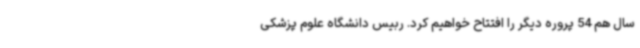
سال هم 54 پروره دیگر را افتتاح خواهیم کرد. ربیس دانشگاه علوم پزشکی